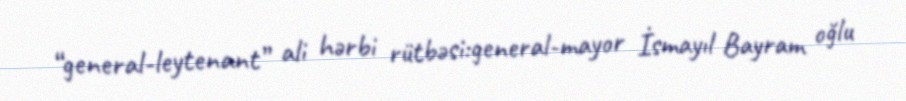
“general-leytenant” ali hərbi rütbəsi:general-mayor İsmayıl Bayram oğlu